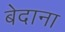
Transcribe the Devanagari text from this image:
बेदाना